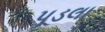
પૂડલા